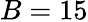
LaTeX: B=15